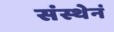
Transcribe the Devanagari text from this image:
संस्थेनं